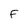
Character: F